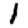
Digit: 1